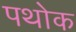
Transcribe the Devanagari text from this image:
पथोक